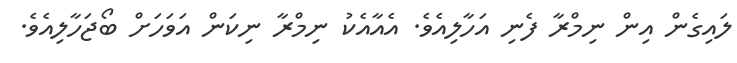
ލައިގެން އިން ނިމްރާ ފެނި އަހާލިއެވެ. އެއާއެކު ނިމްރާ ނިކަން އަވަހަށް ބޯޖަހާލިއެވެ.